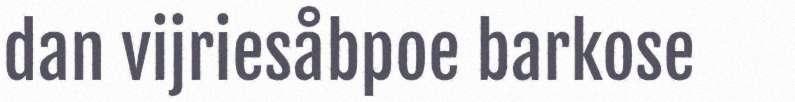
dan vijriesåbpoe barkose